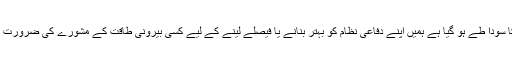
صدر نے بتایا کہ ایس 400 میزائل نظام کا سودا طے ہو گیا ہے ہمیں اپنے دفاعی نظام کو بہتر بنانے یا فیصلے لینے کے لیے کسی بیرونی طاقت کے مشورے کی ضرورت نہیں کیونکہ ہم ایک خودمختار ریاست ہیں ۔